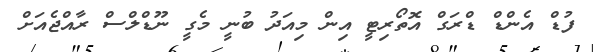
ފުޑް އެންޑް ޑްރަގް އޮތޯރިޓީ އިން މިއަދު ބުނީ މެގީ ނޫޑްލްސް ރާއްޖެއަށް